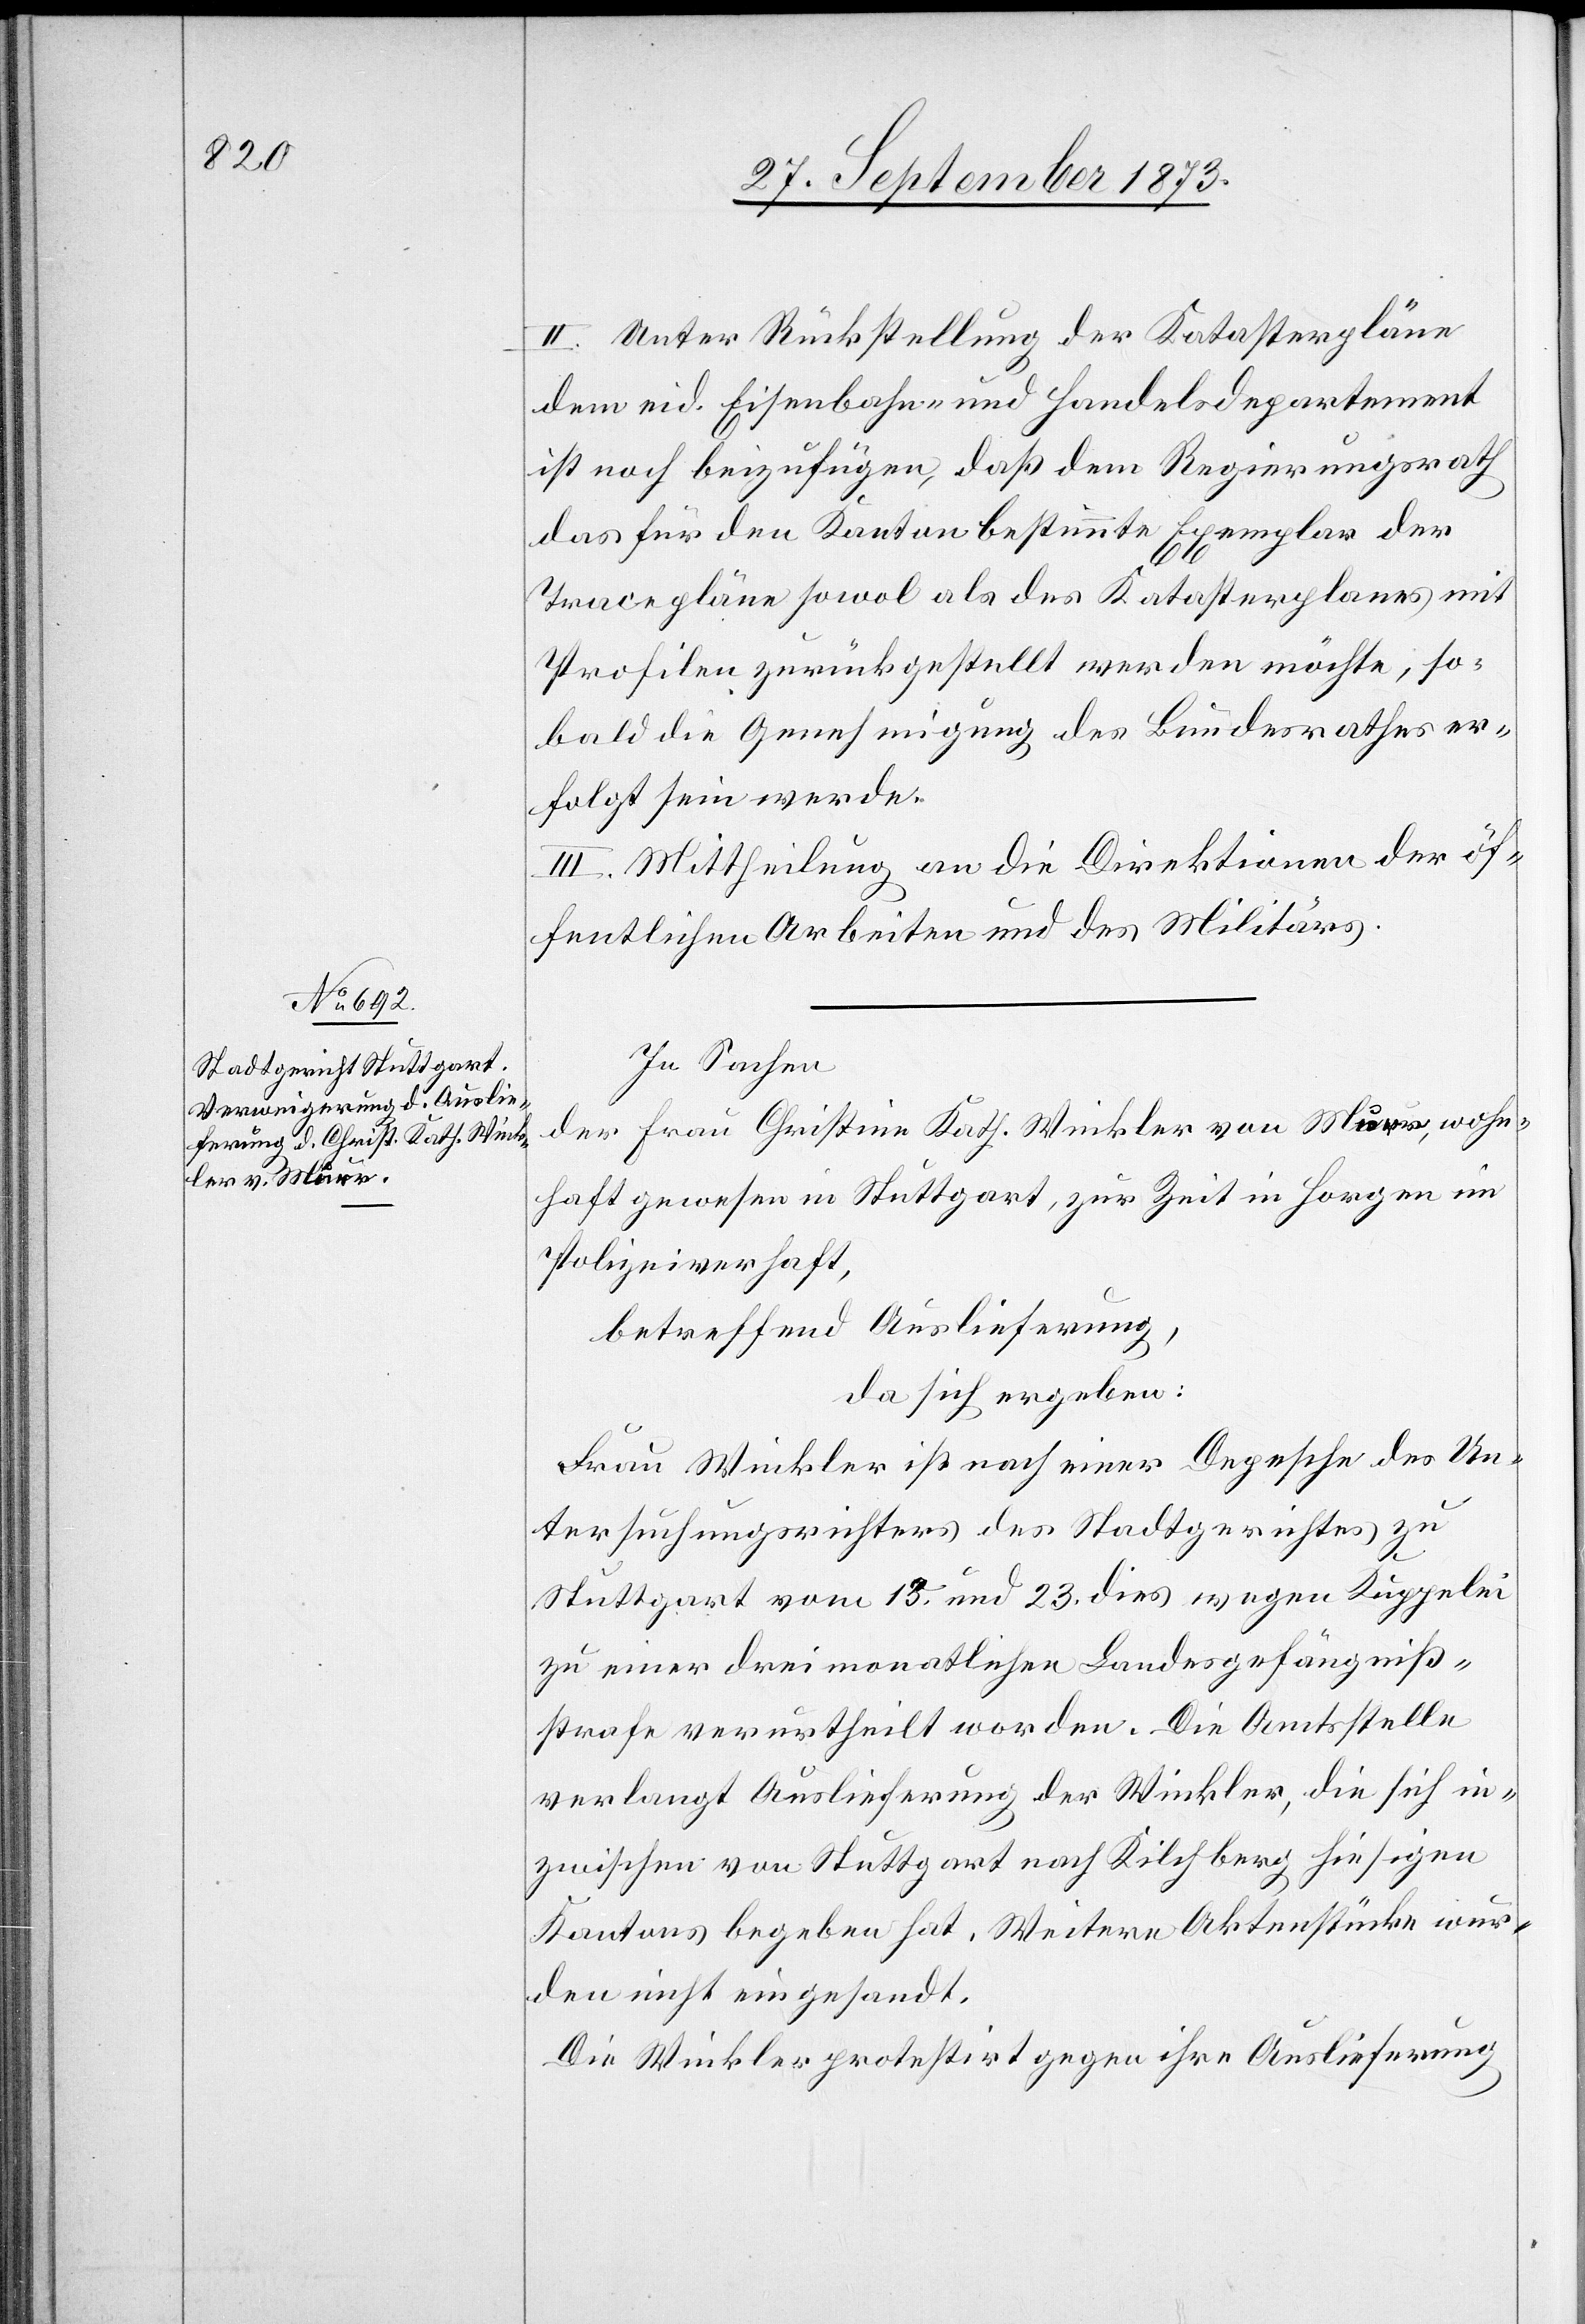
II. Unter Rückstellung der Katasterpläne
dem eid. Eisenbahn- und Handelsdepartement
ist noch beizufügen, daß dem Regierungsrath
das für den Kanton bestimmte Exemplar der
Tracepläne sowol als des Katasterplanes mit
Profilen zurückgestellt werden möchte, so¬
bald die Genehmigung des Bundesrathes er¬
folgt sein werde.
III. Mittheilung an die Direktionen der öf¬
fentlichen Arbeiten und des Militärs.
In Sachen
der Frau Christine Kath. Winkler von Maur, wohn¬
haft gewesen in Stuttgart, zur Zeit in Horgen im
Polizeiverhaft,
betreffend Auslieferung,
da sich ergeben:
Frau Winkler ist nach einer Depesche des Un¬
tersuchungsrichters des Stadtgerichtes zu
Stuttgart vom 13. und 23. dies wegen Kuppelei
zu einer dreimonatlichen Landesgefängniß¬
strafe verurtheilt worden. Die Amtsstelle
verlangt Auslieferung der Winkler, die sich in¬
zwischen von Stuttgart nach Kilchberg hiesigen
Kantons begeben hat. Weitere Aktenstücke wur¬
den nicht eingesandt.
Die Winkler protestirt gegen ihre Auslieferung